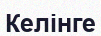
Келінге